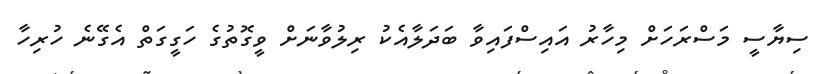
ސިޔާސީ މަސްރަހަށް މިހާރު އައިސްފައިވާ ބަދަލާއެކު ރިލުވާނަށް ވީގޮތުގެ ހަގީގަތް އެގޭނެ ހުރިހާ